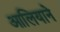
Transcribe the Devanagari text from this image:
आलियाने